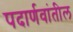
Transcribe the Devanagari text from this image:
पदार्णवांतील